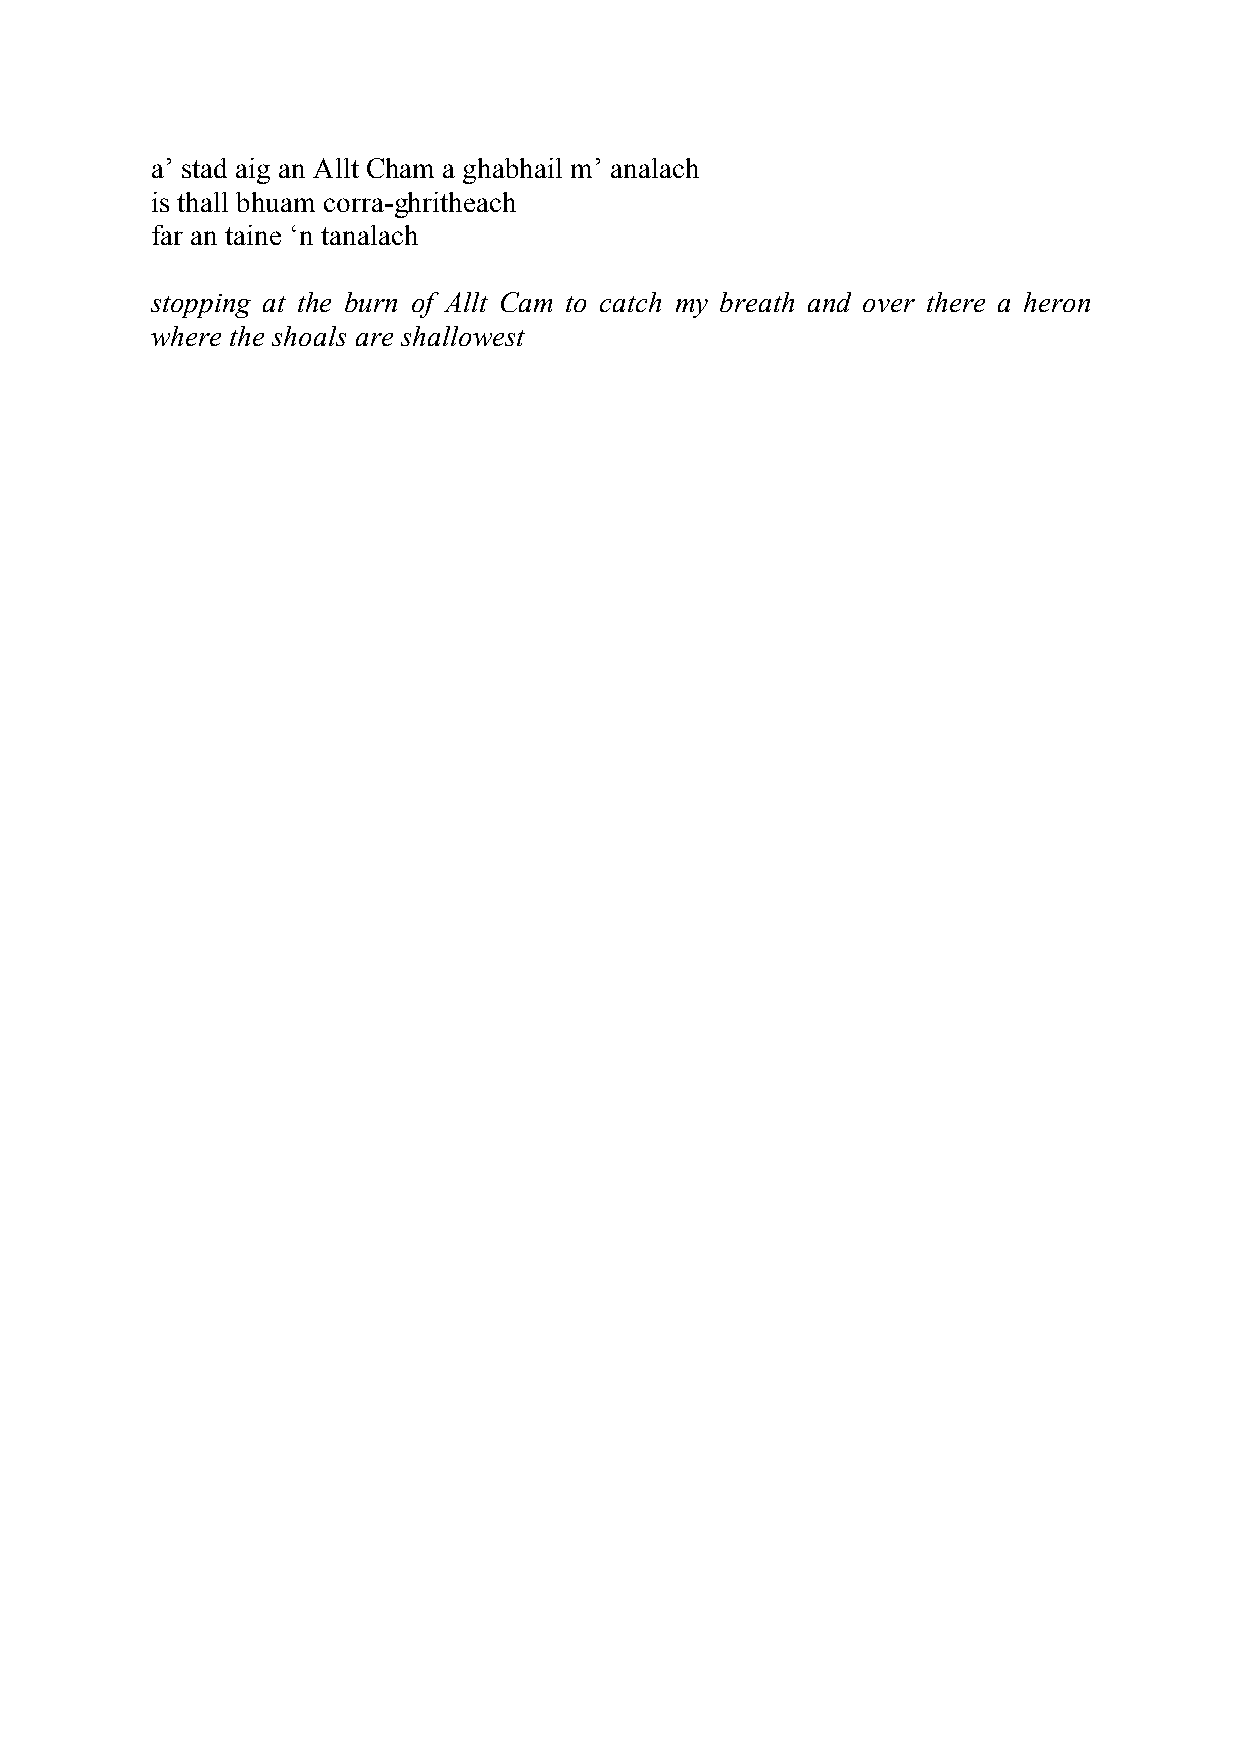
a’ stad aig an Allt Cham a ghabhail m’ analach
 is thall bhuam corra-ghritheach
 far an taine ‘n tanalach
 stopping at the burn of Allt Cam to catch my breath and over there a heron
 where the shoals are shallowest